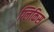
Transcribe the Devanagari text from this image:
ग्लिकिस